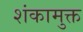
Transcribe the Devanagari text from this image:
शंकामुक्त